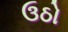
ઉઠો